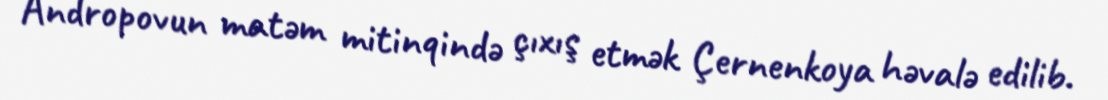
Andropovun matəm mitinqində çıxış etmək Çernenkoya həvalə edilib.